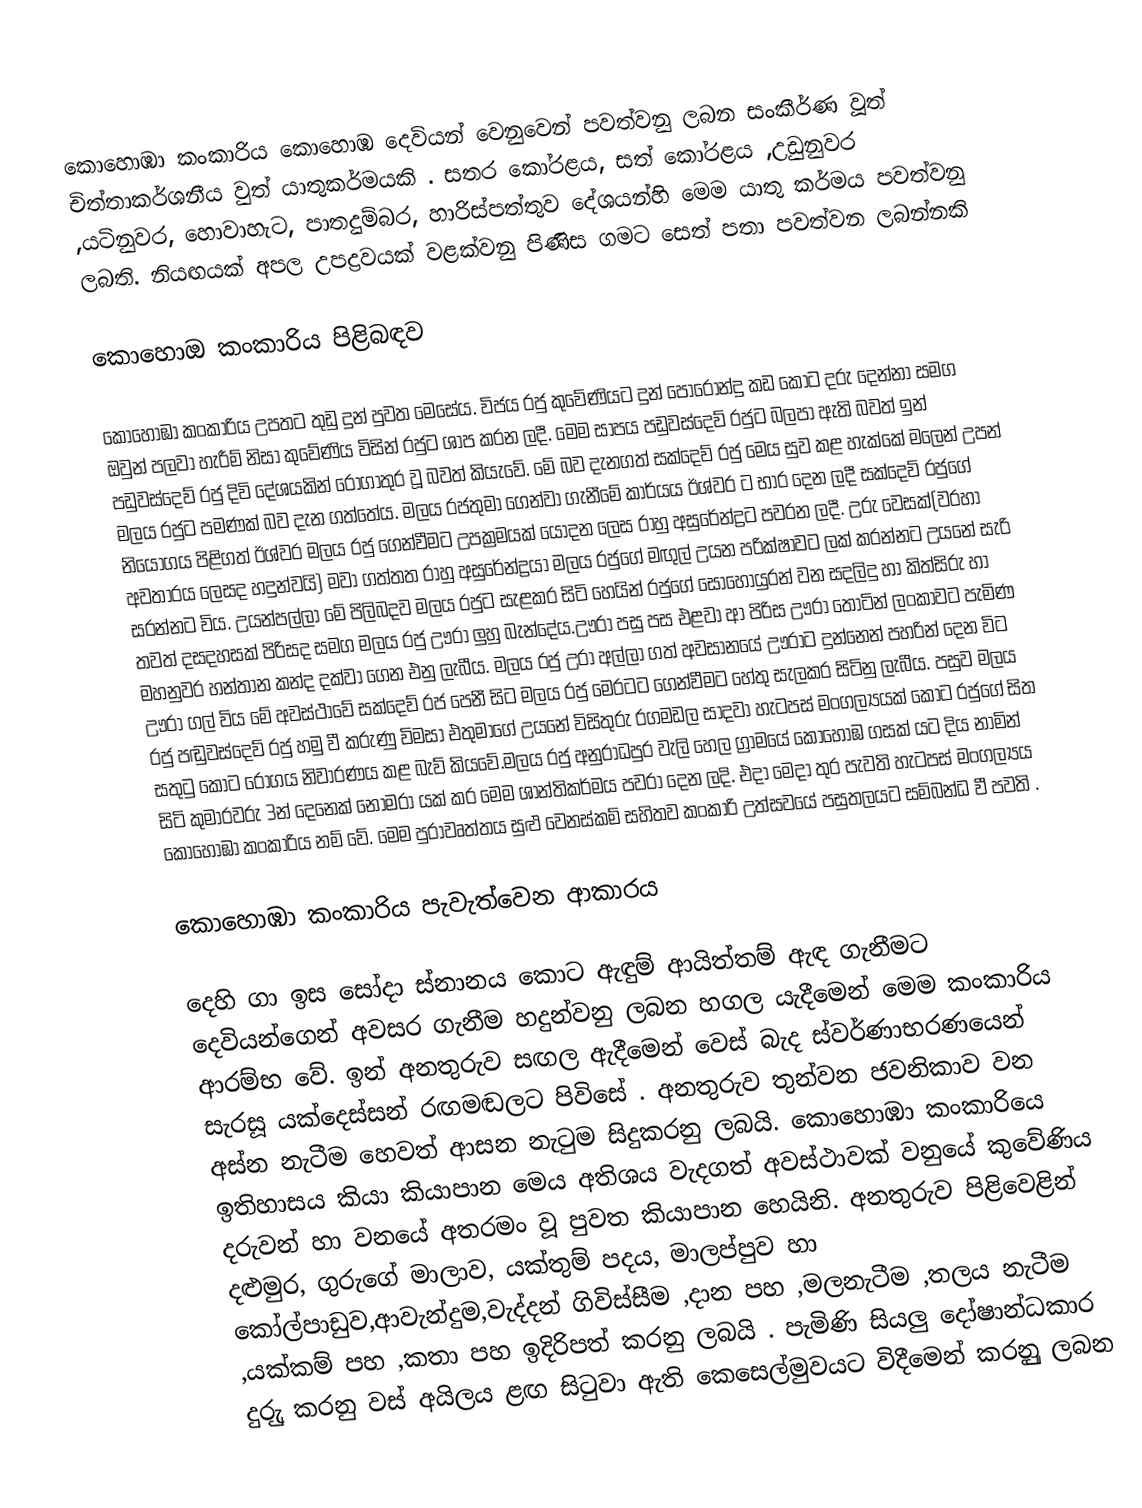
කොහොඹා කංකාරිය කොහොඹ දෙවියන් වෙනුවෙන් පවත්වනු ලබන  සංකීර්ණ වූත් චිත්තාකර්ශනීය වුත්  යාතුකර්මයකි . සතර  කෝරළය, සත් කෝරළය ,උඩුනුවර ,යටිනුවර, හොවාහැට, පාතදුම්බර, හාරිස්පත්තුව දේශයන්හි මෙම යාතු කර්මය පවත්වනු ලබති. නියඟයක් අපල උපද්‍රවයක් වළක්වනු පිණිස ගමට සෙත් පතා පවත්වන ලබන්නකි

කොහොඔ කංකාරිය පිළිබඳව

කොහොඹා කංකාරිය උපතට තුඩු දුන් පුවත මෙසේය. විජය රජු කුවේණියට දුන් පොරොන්දු කඩ කොට දරු දෙන්නා සමග ඔවුන් පලවා හැරීම් නිසා කුවේණිය විසින් රජුට ශාප කරන ලදී. මෙම සාපය පඩුවස්දෙව් රජුට බලපා ඇති බවත් ඉන් පඩුවස්දෙව් රජු දිවි දේශයකින් රෝගාතුර වූ බවත් කියැවේ. මේ බව දැනගත් සක්දෙව් රජු මෙය සුව කළ හැක්කේ මලෙන් උපන් මලය රජුට පමණක් බව දැන ගත්තේය. මලය රජතුමා ගෙන්වා ගැනීමේ කාර්යය ඊශ්වර ට භාර දෙන ලදී සක්දෙව් රජුගේ නියෝගය පිළිගත් ඊශ්වර මලය රජු ගෙන්වීමට  උපක්‍රමයක් යොදන ලෙස  රාහු අසුරේන්ද්‍රට පවරන ලදී. උරු වෙසක්(වරහා අවතාරය ලෙසද හදුන්වයි) මවා ගත්තත රාහු අසුරේන්ද්‍රයා මලය රජුගේ මඟුල් උයන පරික්ෂාවට ලක් කරන්නට උයනේ සැරි සරන්නට විය. උයන්පල්ලා මේ පිලිබදව මලය රජුට  සැළකර සිටි හෙයින් රජුගේ සොහොයුරන් වන සදලිදු හා කිත්සිරු හා තවත්  දසදහසක් පිරිසද සමග  මලය රජු ඌරා ලුහු බැන්දේය.ඌරා පසු පස එළවා ආ පිරිස ඌරා තොටින් ලංකාවට පැමිණ මහනුවර හන්තාන කන්ද දක්වා ගෙන එනු ලැබීය. මලය රජු උරා අල්ලා ගත් අවසානයේ ඌරාට දුන්නෙන් පහරින් දෙන විට ඌරා ගල් විය මේ අවස්ථාවේ සක්දෙව් රජ පෙනී සිට මලය රජු මෙරටට ගෙන්වීමට හේතු සැලකර සිටිනු ලැබීය. පසුව මලය රජු පඬුවස්දෙව් රජු හමු වී කරුණු විමසා එතුමාගේ උයනේ විසිතුරු රගමඩල සාදවා හැටපස් මංගල්‍යයක් කොට රජුගේ සිත සතුටු කොට රෝගය නිවාරණය කළ බැව් කියවේ.මලය රජු අනුරාධපුර වැලි හෙල ග්‍රාමයේ කොහොඹ ගසක් යට දිය නාමින් සිටි කුමාරවරු 3න් දෙනෙක් නොමරා යක් කර මෙම ශාන්තිකර්මය පවරා දෙන ලදි. එදා මෙදා තුර පැවති හැටපස් මංගල්‍යය කොහොඹා කංකාරිය නම් වේ. මෙම පුරාවෘත්තය සුළු වෙනස්කම් සහිතව කංකාරි උත්සවයේ පසුතලයට සම්බන්ධ වී පවති .

කොහොඹා කංකාරිය පැවැත්වෙන ආකාරය

දෙහි ගා ඉස සෝදා ස්නානය කොට ඇඳුම් ආයිත්තම් ඇඳ ගැනීමට දෙවියන්ගෙන් අවසර ගැනීම හදුන්වනු ලබන හගල යැදීමෙන් මෙම කංකාරිය ආරම්භ වේ. ඉන් අනතුරුව සඟල ඇදීමෙන් වෙස් බැද ස්වර්ණාභරණයෙන් සැරසූ යක්දෙස්සන් රඟමඬලට පිවිසේ . අනතුරුව තුන්වන ජවනිකාව වන අස්න නැටීම  හෙවත් ආසන නැටුම සිදුකරනු ලබයි. කොහොඹා  කංකාරියෙ ඉතිහාසය කියා කියාපාන මෙය අතිශය වැදගත් අවස්ථාවක් වනුයේ කුවේණිය දරුවන් හා වනයේ අතරමං වූ පුවත කියාපාන හෙයිනි. අනතුරුව පිළිවෙළින් දළුමුර, ගුරුගේ මාලාව, යක්තුම් පදය, මාලප්පුව හා කෝල්පාඩුව,ආවැන්දුම,වැද්දන් ගිවිස්සීම ,දාන පහ ,මලනැටීම ,තලය නැටීම ,යක්කම් පහ ,කතා පහ ඉදිරිපත් කරනු ලබයි . පැමිණි සියලු දෝෂාන්ධකාර දුරුු කරනු වස් අයිලය  ළඟ සිටුවා ඇති කෙසෙල්මුවයට විදීමෙන්  කරනුු ලබන